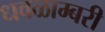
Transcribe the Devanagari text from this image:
धवळाम्बरी